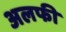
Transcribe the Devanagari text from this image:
अलफी